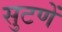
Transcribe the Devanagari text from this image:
सुटणें